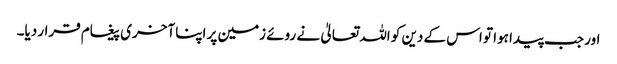
اور جب پیدا ہوا تو اس کے دین کو اللہ تعالیٰ نے روئے زمین پر اپنا آخری پیغام قرار دیا۔